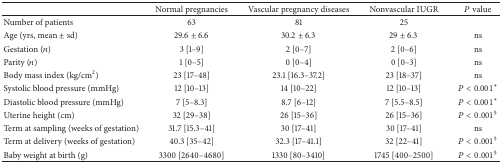
|  | Normal pregnancies | Vascular pregnancy diseases | Nonvascular IUGR | P value |
 | --- | --- | --- | --- | --- |
 | Number of patients | 63 | 81 | 25 |  |
 | Age (yrs, mean ± sd) | 29.6 ± 6.6 | 30.2 ± 6.3 | 29 ± 6.3 | ns |
 | Gestation (n) | 3 [1–9] | 2 [0–7] | 2 [0–6] | ns |
 | Parity (n) | 1 [0–5] | 0 [0–4] | 0 [0–3] | ns |
 | Body mass index (kg/cm2) | 23 [17–48] | 23.1 [16.3–37.2] | 23 [18–37] | ns |
 | Systolic blood pressure (mmHg) | 12 [10–13] | 14 [10–22] | 12 [10–13] | P < 0.001* |
 | Diastolic blood pressure (mmHg) | 7 [5–8.3] | 8.7 [6–12] | 7 [5.5–8.5] | P < 0.001* |
 | Uterine height (cm) | 32 [29–38] | 26 [15–36] | 26 [15–36] | P < 0.001§ |
 | Term at sampling (weeks of gestation) | 31.7 [15.3–41] | 30 [17–41] | 30 [17–41] | ns |
 | Term at delivery (weeks of gestation) | 40.3 [35–42] | 32.3 [17–41.1] | 32 [22–41] | P < 0.001§ |
 | Baby weight at birth (g) | 3300 [2640–4680] | 1330 [80–3410] | 1745 [400–2500] | P < 0.001§ |